Report of the Municipal Commissioner on the plague in Bombay for the year ending 31st May... - Volume 2
Disease focus: Plague
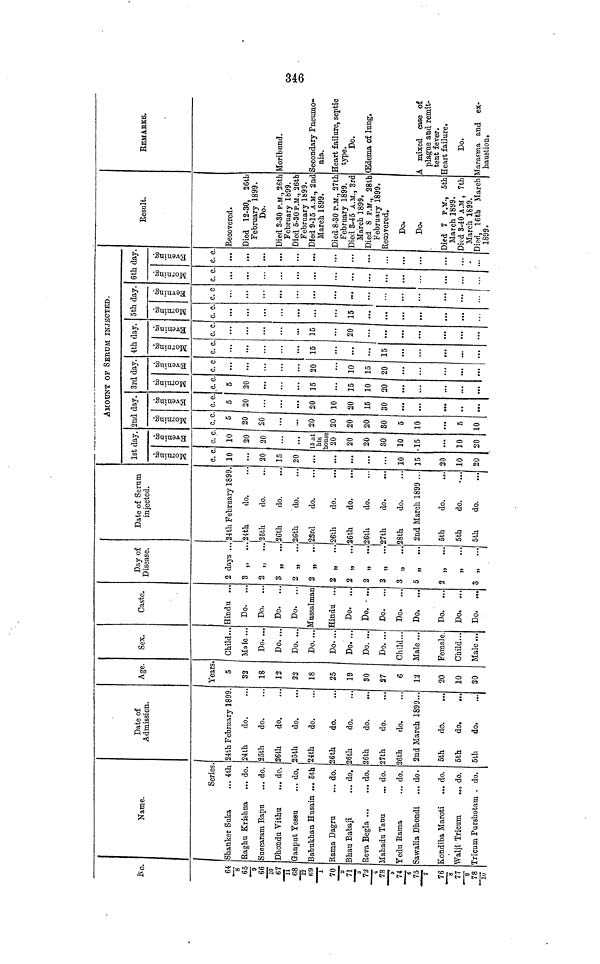
No.
64
8
65
9
66/20
67/11
68
12
69/1
70/2
71/3
72/4
73/5
74/ 6
75
7
76
8
77
9
78
10
Name.
Series.
Shanker Suka
... 4th
Raghu Krishna
... do.
Succaram Bapu
... do.
Dhondu Vithu
... do.
Ganput Yessu
... do.
Babukhan Husain ... 5th
Rama Dagru
... do.
Bhau Babaji
... do.
Reva Begla
do.
Mahadu Tanu
... do.
Yedu Rama
... do.
Sawalia Dhondi
... do.
Kondiba Maroti
... do.
Walji Tricum
... do.
Tricum Purshotam . do.
Date of
Admission.
24th February 1899
24th
do.
25th
do.
26 th
do.
25th
do.
24th
do.
26th
do.
26th
do.
26th
do.
27th
do.
26th
do.
2nd March 1899...
5th
do.
5th
do.
...
5th
do.
Age.
Year
5
32
18
12
22
18
25
19
30
27
6
12
20
10
30
Sex.
Child.
Male ..
Do. ..
Do. ..
Do. ...
Do. ...
Do. ...
Do. ...
Do. ...
Do. ...
Child...
Male ...
Female.
Child...
Male ...
Caste.
Hindu .
Do.
.
Do.
.
Do.
..
Do.
...
Mussalman
Hindu ...
Do. ...
Do. • ...
Do.
...
Do.
...
Do.
...
Do.
...
Do.
...
Do.
...
Day of
Disease.
2 days ...
3 „
..
2 „
...
3 „
...
2 „
...
2 „
....
2 ,, ...
2 „ ...
2 „
...
3 „
...
3 „
...
5 „
...
¿ ,,
...
»
•••
3 „
...
Date of Serum
injected.
24th February 1899
24th
do.
25th
do.
i
26th
do.
26th
do.
2Srd
do.
26th
do.
26th
do.
26th
do.
27th
do.
28th
do.
2nd March 1899 ...
5th
do.
5th
do.
5th
do.
1st day.
Morning.
c. c.
10
...
20
15
20
...
...
...
...
...
10
15
20
10
20
Evening.
c. c.
10
20
20
...
...
15 at
his
louse
20
20
20
so
10
15
10
20
AMOUNT OF SERUM INJECTED.
2nd day.
Morning.
c. c.
5
20
20
20
20
20
20
30
5
10
5
10
Evening.
c. c.
5
20
20
10
20
15
30
...
3rd day.
Morning.
c. c.
5
20
15
15
10
20
...
Evening.
c. c.
20
10
15
20
••
4th day.
Morning.
c. c.
15
...
15
...
Evening.
c. c.
15
20
...
5th day.
Morning.
c. c.
15
Evening.
c. c.
...
6th day
Morning.
c. c.
...
Evening.
c. c.
...
...
Result.
Recovered.
Died 12-30, 26tl
February 1899.
Do.
Died 3-30 P.M., 26th
February 1899.
Died 5-30 P.M., 26tb
February 1899.
Died 945 A.M., 2nd
March 1899.
Died. 8-30 P.M., 27th
February 1899.
Died 3-45 A.M., 3rd
March 1899.
Died 8 P.M., 28th
February 1899.
Recovered.
Do.
Do.
Died 7 P.M., 5th
March 1899.
Died 3-40 A.M , 7th
March 1899.
Died, 16th March
1899.
REMARKS.
Moribund.
Secondary Pneumo-
nia.
Heart failure, septic
type.
Do.
(Edema of lung.
A mixed case of
plague and remit-
tent fever.
Heart failure.
Do.
Marasma and ex-
haustion.
346